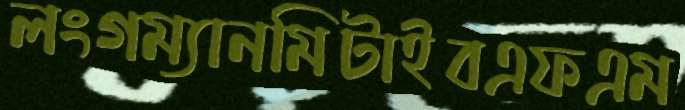
লংগম্যানমিটাইবএফএম